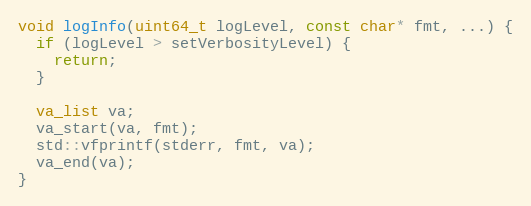
Language: C++
void logInfo(uint64_t logLevel, const char* fmt, ...) {
  if (logLevel > setVerbosityLevel) {
    return;
  }

  va_list va;
  va_start(va, fmt);
  std::vfprintf(stderr, fmt, va);
  va_end(va);
}